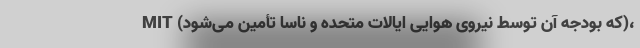
MIT (که بودجه آن توسط نیروی هوایی ایالات متحده و ناسا تأمین می‌شود)،